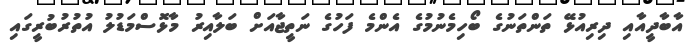
އާބާދީއާއި ދިރިއުޅޭ ތަންތަނުގެ ބޯހިމެނުމުގެ އެންމެ ފަހުގެ ނަތީޖާއަށް ބަލާއިރު މާޅޮސްމަޑުލު އުތުރުބުރީގައި